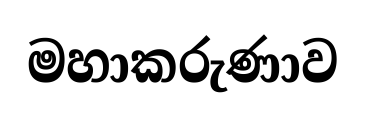
මහාකරුණාව